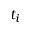
t _ { i }